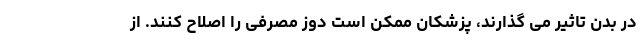
در بدن تاثیر می گذارند، پزشکان ممکن است دوز مصرفی را اصلاح کنند. از